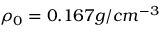
\rho _ { 0 } = 0 . 1 6 7 g / c m ^ { - 3 }